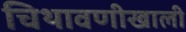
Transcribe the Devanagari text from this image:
चिथावणीखाली